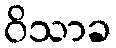
ဝိသာခ